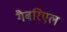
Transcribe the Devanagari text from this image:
गैबरिएल